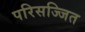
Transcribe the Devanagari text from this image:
परिसज्जित